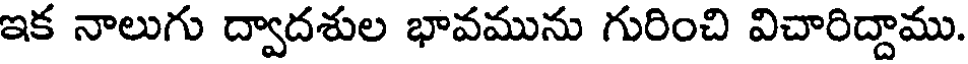
ఇక నాలుగు ద్వాదశుల భావమును గురించి విచారిద్దాము.